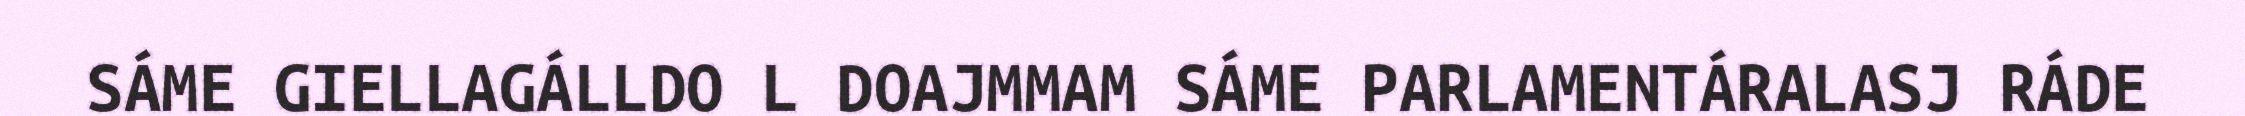
SÁME GIELLAGÁLLDO L DOAJMMAM SÁME PARLAMENTÁRALASJ RÁDE